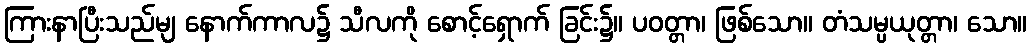
ကြားနာပြီးသည်မျ နောက်ကာလ၌ သီလကို စောင့်ရှောက် ခြင်း၌။ ပဝတ္တာ၊ ဖြစ်သော။ တံသမ္ပယုတ္တာ၊ သော။